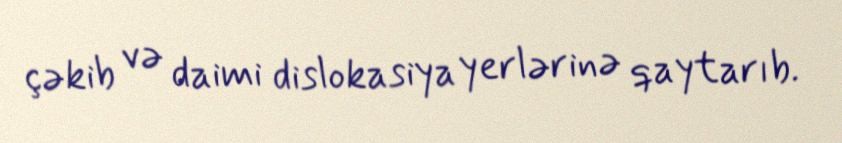
çəkib və daimi dislokasiya yerlərinə qaytarıb.